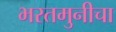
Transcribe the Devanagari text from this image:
भरतमुनीचा